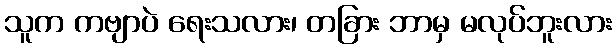
သူက ကဗျာပဲ ရေးသလား၊ တခြား ဘာမှ မလုပ်ဘူးလား